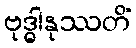
ဗုဒ္ဓါနုဿတိံ